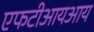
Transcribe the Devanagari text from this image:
एफटीआयआय